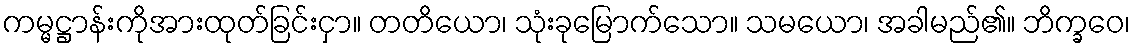
ကမ္မဋ္ဌာန်းကိုအားထုတ်ခြင်းငှာ။ တတိယော၊ သုံးခုမြောက်သော။ သမယော၊ အခါမည်၏။ ဘိက္ခဝေ၊